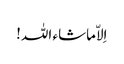
اِلاّماشاء اللہ!